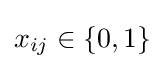
x_{ij}\in \{0,1\}